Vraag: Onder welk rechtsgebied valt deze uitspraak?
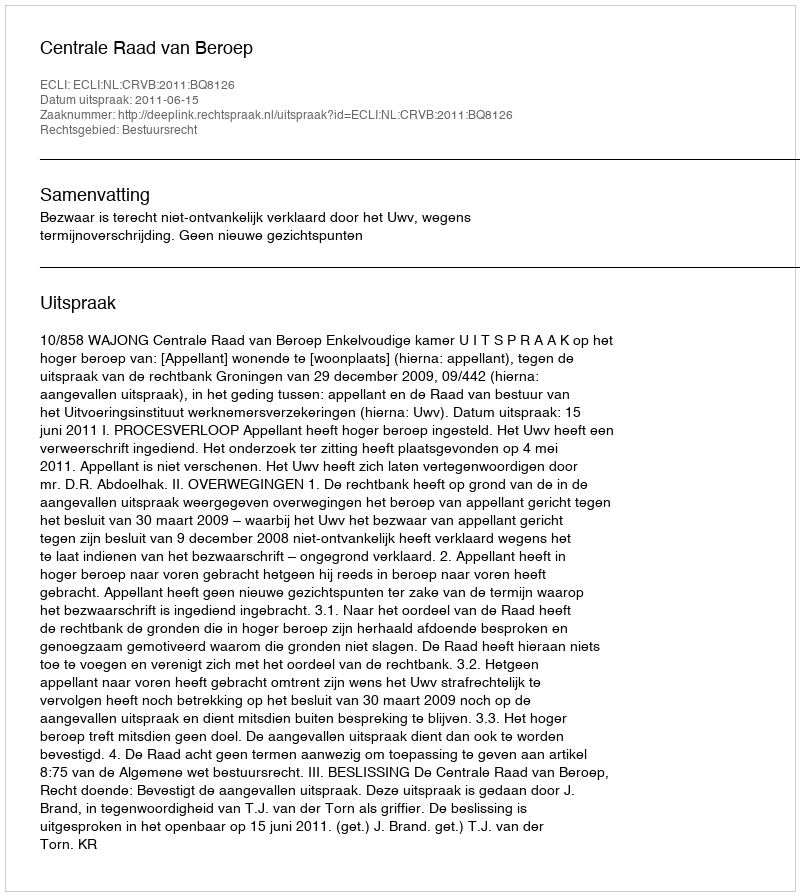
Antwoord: Bestuursrecht